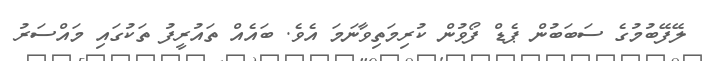
ލޭފޭބުމުގެ ސަބަބުން ޕެޑް ފޯވުން ކުރިމަތިވާނަމަ އެވެ. ބައެއް ތައުރީފު ތަކުގައި މައްސަރު